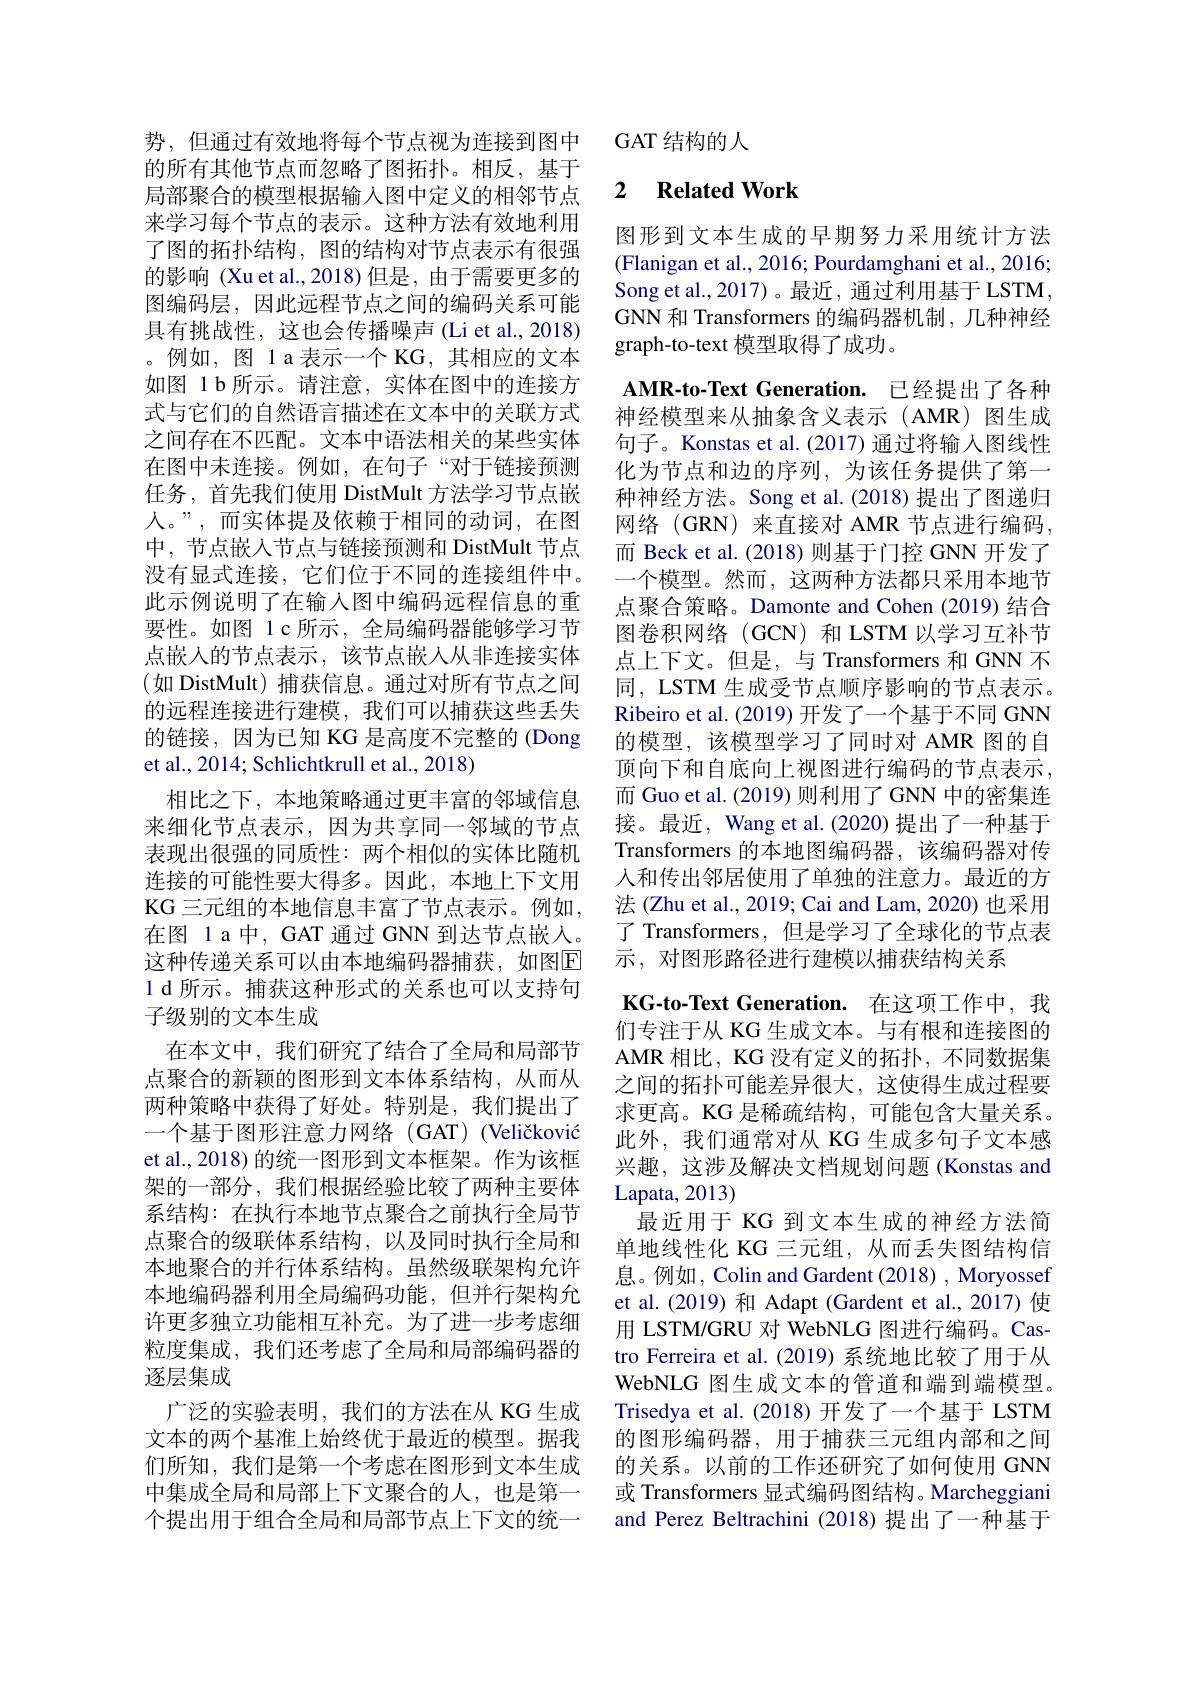
势，但通过有效地将每个节点视为连接到图中的所有其他节点而忽略了图拓扑。相反，基于局部聚合的模型根据输入图中定义的相邻节点来学习每个节点的表示。这种方法有效地利用了图的拓扑结构，图的结构对节点表示有很强的影响 (Xu et al., 2018) 但是，由于需要更多的图编码层，因此远程节点之间的编码关系可能具有挑战性，这也会传播噪声(Li et al., 2018) 。例如，图 1 a 表示一个 KG, 其相应的文本如图 1 b 所示。请注意，实体在图中的连接方式与它们的自然语言描述在文本中的关联方式之间存在不匹配。文本中语法相关的某些实体在图中未连接。例如，在句子“对于链接预测任务，首先我们使用 DistMult 方法学习节点嵌人。”,而实体提及依赖于相同的动词，在图中，节点嵌入节点与链接预测和 DistMult 节点没有显式连接，它们位于不同的连接组件中。此示例说明了在输入图中编码远程信息的重要性。如图 1 c 所示，全局编码器能够学习节点嵌入的节点表示，该节点嵌入从非连接实体(如 DistMult)捕获信息。通过对所有节点之间的远程连接进行建模，我们可以捕获这些丢失的链接，因为已知 KG 是高度不完整的 (Dong et al., 2014; Schlichtkrull et al., 2018)
相比之下，本地策略通过更丰富的邻域信息来细化节点表示，因为共享同一邻域的节点表现出很强的同质性：两个相似的实体比随机连接的可能性要大得多。因此，本地上下文用KG三元组的本地信息丰富了节点表示。例如， 在图 1 a 中，GAT 通过 GNN 到达节点嵌入。这种传递关系可以由本地编码器捕获，如图$\overline{\mathbb{E}}$ 1 d 所示。捕获这种形式的关系也可以支持句子级别的文本生成
在本文中，我们研究了结合了全局和局部节点聚合的新颖的图形到文本体系结构，从而从两种策略中获得了好处。特别是，我们提出了一个基于图形注意力网络(GAT) (Veličković et al., 2018) 的统一图形到文本框架。作为该框架的一部分，我们根据经验比较了两种主要体系结构：在执行本地节点聚合之前执行全局节点聚合的级联体系结构，以及同时执行全局和本地聚合的并行体系结构。虽然级联架构允许本地编码器利用全局编码功能，但并行架构允许更多独立功能相互补充。为了进一步考虑细粒度集成，我们还考虑了全局和局部编码器的逐层集成
广泛的实验表明，我们的方法在从 KG 生成文本的两个基准上始终优于最近的模型。据我们所知，我们是第一个考虑在图形到文本生成中集成全局和局部上下文聚合的人，也是第一个提出用于组合全局和局部节点上下文的统一

GAT 结构的人

## 2 $\textbf{Related Work}$

图形到文本生成的早期努力采用统计方法(Flanigan et al., 2016; Pourdamghani et al., 2016; Song et al., 2017)。最近，通过利用基于 LSTM, GNN 和 Transformers 的编码器机制，几种神经graph-to-text 模型取得了成功。
AMR-to-Text Generation. 已经提出了各种神经模型来从抽象含义表示(AMR)图生成句子。Konstas et al.(2017) 通过将输入图线性化为节点和边的序列，为该任务提供了第一种神经方法。Song et al.(2018)提出了图递归网络(GRN)来直接对 AMR 节点进行编码， 而 Beck et al.(2018) 则基于门控 GNN 开发了一个模型。然而，这两种方法都只采用本地节点聚合策略。Damonte and Cohen (2019) 结合图卷积网络(GCN)和 LSTM 以学习互补节点上下文。但是，与 Transformers 和 GNN 不同，LSTM 生成受节点顺序影响的节点表示。Ribeiro et al. (2019) 开发了一个基于不同 GNN 的模型，该模型学习了同时对 AMR 图的自顶向下和自底向上视图进行编码的节点表示， 而 Guo et al. (2019) 则利用了 GNN 中的密集连接。最近，Wang et al. (2020) 提出了一种基于Transformers 的本地图编码器，该编码器对传人和传出邻居使用了单独的注意力。最近的方法 (Zhu et al., 2019; Cai and Lam, 2020) 也采用了 Transformers, 但是学习了全球化的节点表示，对图形路径进行建模以捕获结构关系
$\mathbf{KG-to-Text~Generation.~}$在这项工作中，我们专注于从 KG 生成文本。与有根和连接图的AMR 相比，KG 没有定义的拓扑，不同数据集之间的拓扑可能差异很大，这使得生成过程要求更高。KG 是稀疏结构，可能包含大量关系。此外，我们通常对从 KG 生成多句子文本感兴趣，这涉及解决文档规划问题(Konstas and Lapata, 2013)
最近用于 KG 到文本生成的神经方法简单地线性化 KG 三元组，从而丢失图结构信息。例如，Colin and Gardent (2018) , Moryossef et al.(2019) 和 Adapt (Gardent et al.,2017) 使用 LSTM/GRU 对 WebNLG 图进行编码。Castro Ferreira et al.(2019) 系统地比较了用于从WebNLG 图生成文本的管道和端到端模型。Trisedya et al.(2018)开发了一个基于 LSTM 的图形编码器，用于捕获三元组内部和之间的关系。以前的工作还研究了如何使用 GNN 或 Transformers 显式编码图结构。Marcheggiani and Perez Beltrachini (2018)提出了一种基于